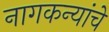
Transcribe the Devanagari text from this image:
नागकन्यांचे